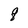
Character: q